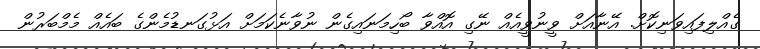
ގެއްލިފައިވަނިކޮށް. އޭނާއަށް ވީނުވީއެއް ނޭގި އޮއްވާ ބޯހިމަނައިގެން ނުވާނެކަމަށް އަޅުގަނޑުމެންގެ ބައެއް މެމްބަރުން